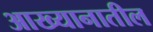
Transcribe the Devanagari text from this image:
आख्यानातील